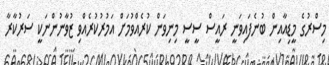
މިސްރުގެ މީޑިއާއިން ބުނެފައިވަނީ ރައީސް ސީސީ މިނިވަން ކުރެއްވުމަށް އަމުރުކުރެއްވި ޒުވާނުންނަކީ ސަރުކާރާ